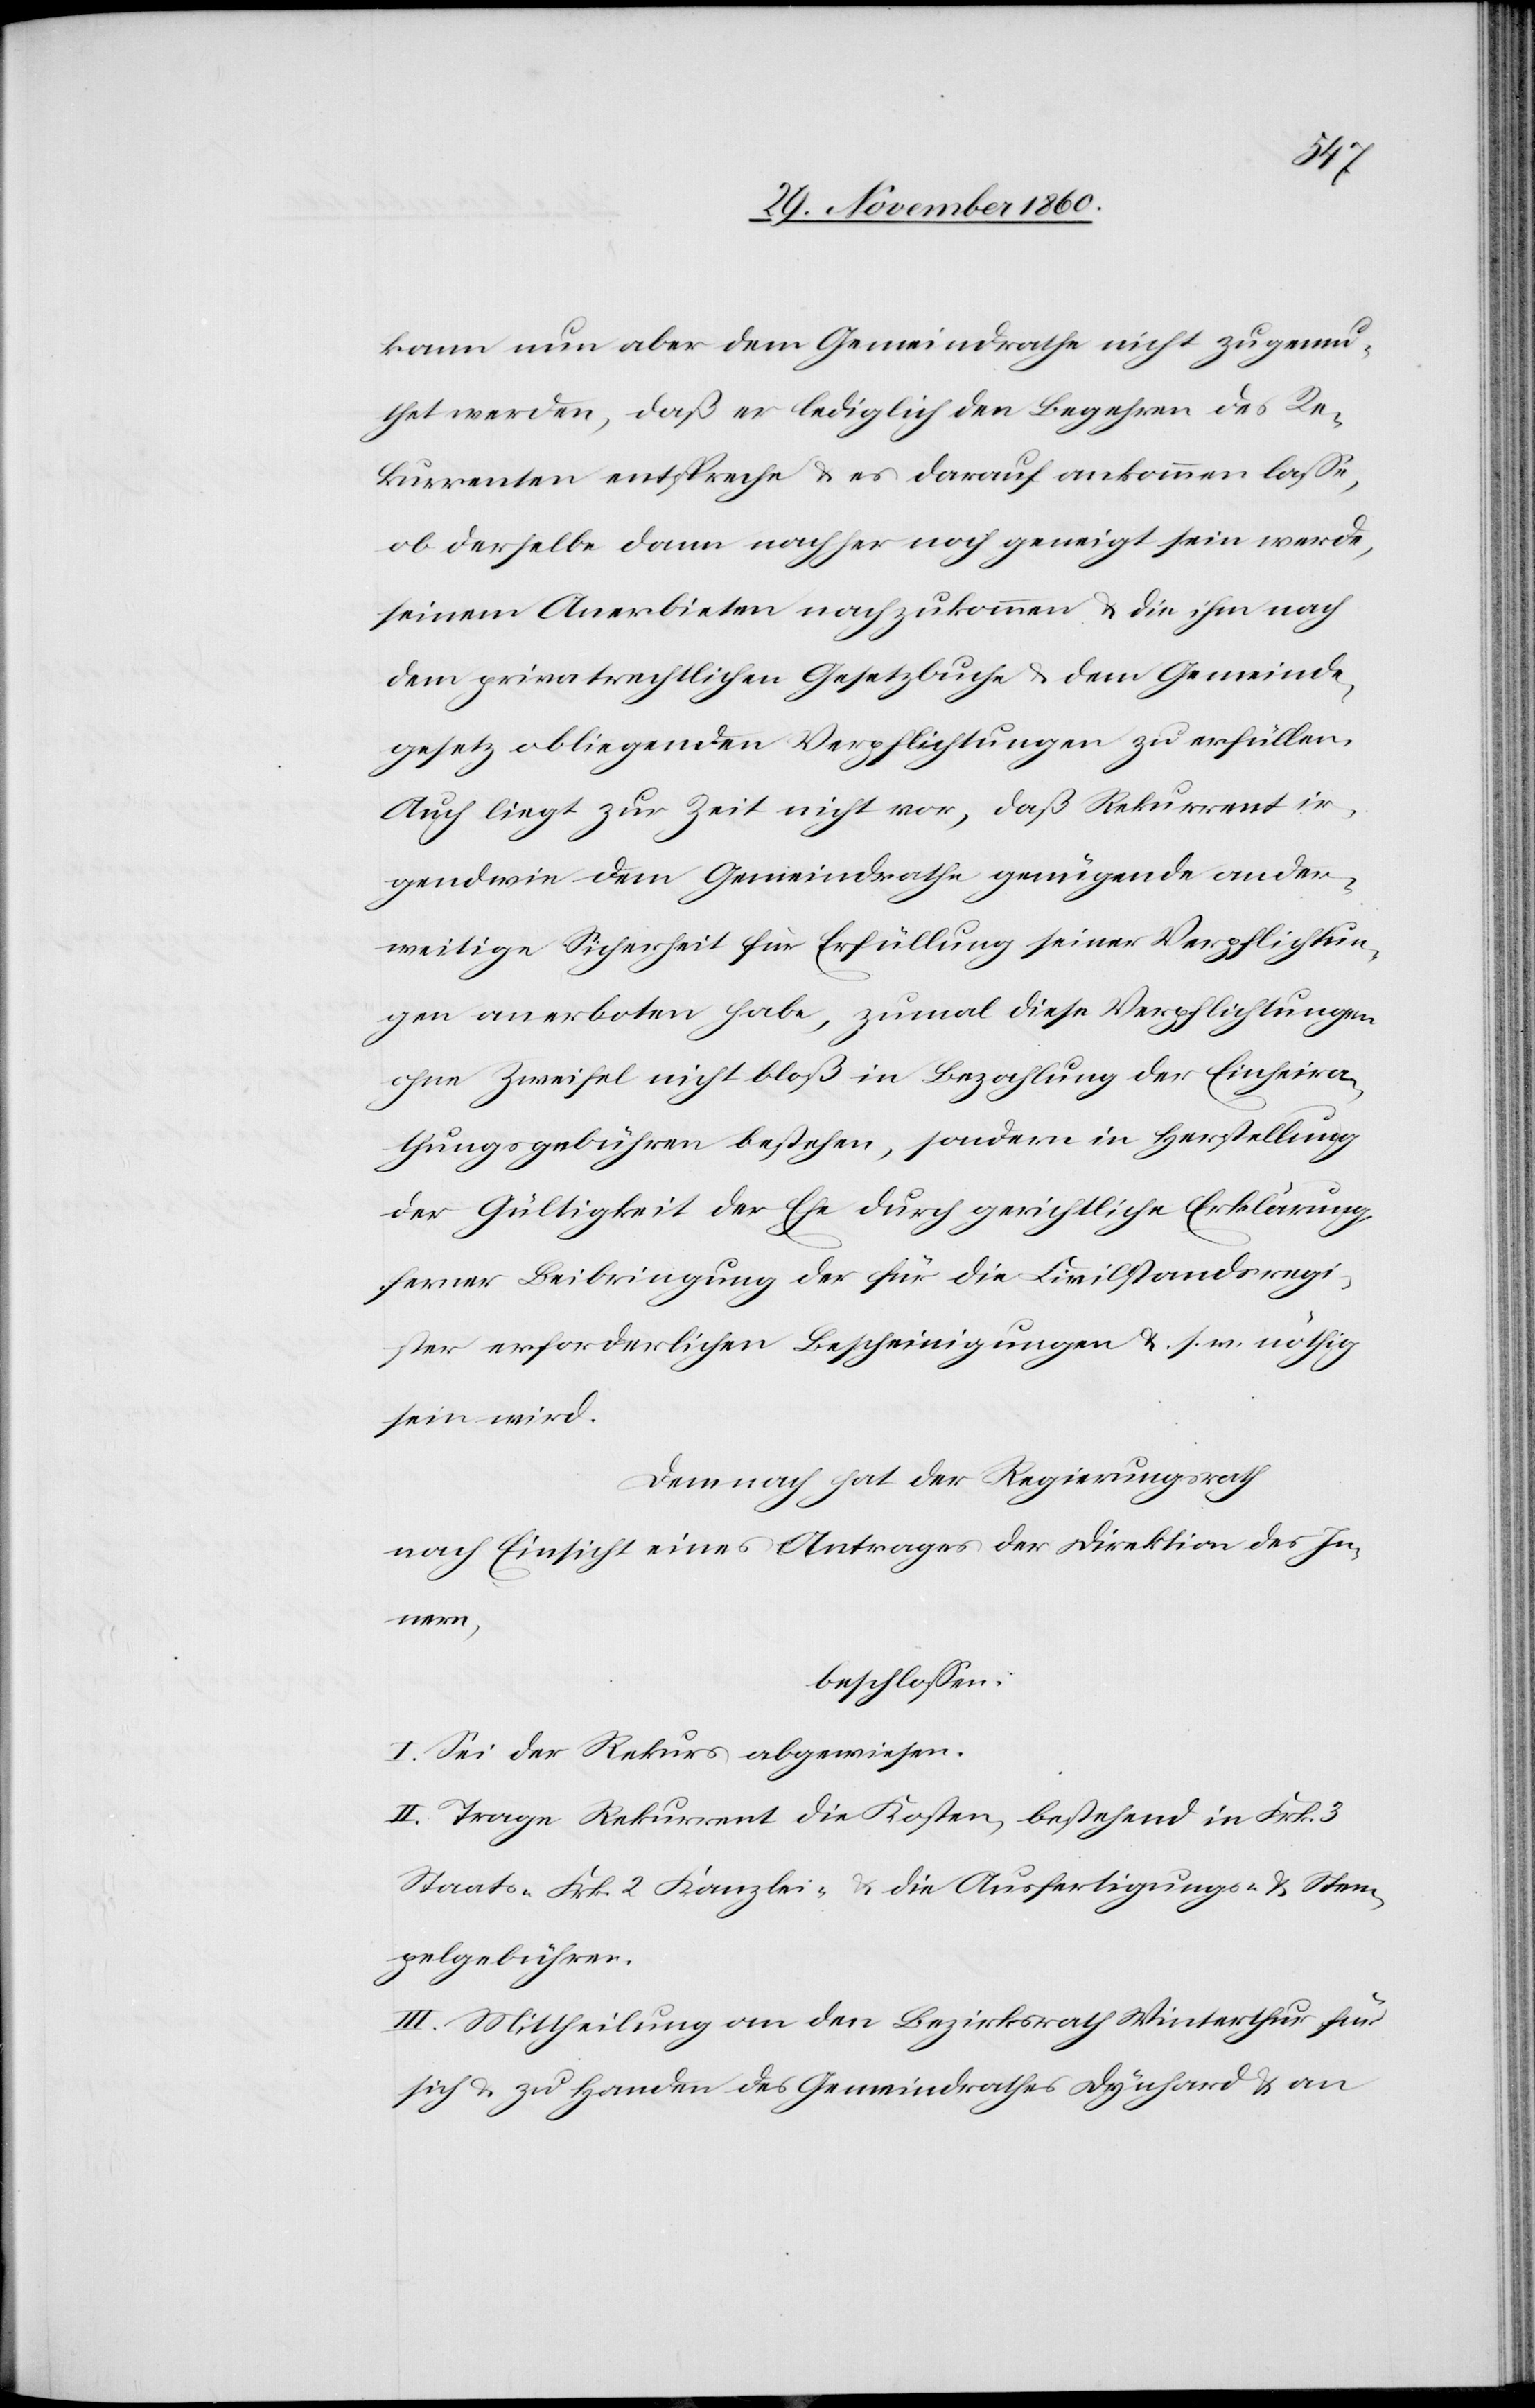
kann nun aber dem Gemeindrathe nicht zugemu¬
thet werden, daß er lediglich den Begehren des Re¬
kurrenten entspreche u. es darauf ankommen lasse,
ob derselbe dann nachher noch geneigt sein werde,
seinem Anerbieten nachzukommen u. die ihm nach
dem privatrechtlichen Gesetzbuche u. dem Gemeinde¬
gesetz obliegenden Verpflichtungen zu erfüllen.
Auch liegt zur Zeit nicht vor, daß Rekurrent ir¬
gendwie dem Gemeindrathe genügende ander¬
weitige Sicherheit für Erfüllung seiner Verpflichtun¬
ohne Zweifel nicht bloß in Bezahlung der Einheira¬
thungsgebühren bestehen, sondern in Herstellung
der Gültigkeit der Ehe durch gerichtliche Erklärung
ferner Beibringung der für die Civilstandsregi¬
ster erforderlichen Bescheinigungen u. s. w. nöthig
sein wird.
Demnach hat der Regierungsrath
nach Einsicht eines Antrages der Direktion des In¬
nern,
beschlossen:
I. Sei der Rekurs abgewiesen.
II. Trage Rekurrent die Kosten, bestehend in Frk. 3
Staats-[,] Frk. 2 Kanzlei- u. die Ausfertigungs- u. Stem¬
pelgebühren.
III. Mittheilung an den Bezirksrath Winterthur für
sich u. zu Handen des Gemeindrathes Dynhard u. an